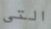
التي